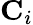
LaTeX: \mathbf{C}_{i}